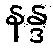
နန္ဒ